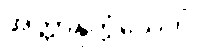
အတ္တာနုက္ကံသေတိ